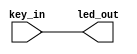
`timescale  1ns/1ns
///////////////////////////////////////////////////////////////////////////
// Module Name   : led
// Project Name  : led
// Target Devices: Altera EP4CE10F17C8N
// Tool Versions : Quartus 13.0
// Description   : LED
//
// Revision      : V1.0
// Additional Comments:
// 
// : _Pro_FPGA
//     : http://www.embedfire.com
//     : http://www.firebbs.cn
//     : https://fire-stm32.taobao.com
//////////////////////////////////////////////////////////////////////////

module  led
(
    input   wire    key_in  ,   //

    output  wire    led_out     //led
);

//********************************************************************//
//***************************** Main Code ****************************//
//********************************************************************//
//led_out:ledkey_in
assign  led_out = key_in;

endmodule